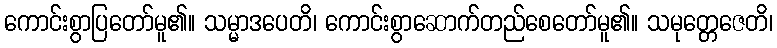
ကောင်းစွာပြတော်မူ၏။ သမ္မာဒပေတိ၊ ကောင်းစွာဆောက်တည်စေတော်မူ၏။ သမုတ္တေဇေတိ၊